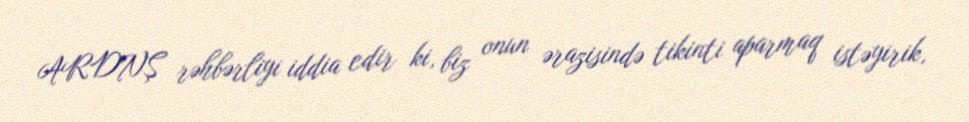
ARDNŞ rəhbərliyi iddia edir ki, biz onun ərazisində tikinti aparmaq istəyirik,